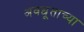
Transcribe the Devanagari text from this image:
अवधूताच्या